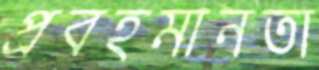
প্রবহমানতা